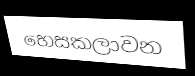
භෙසකලාවන